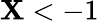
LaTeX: \mathbf{X}<-1